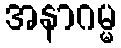
အနာဂမ္မ